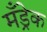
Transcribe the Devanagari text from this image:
मँड्रेक